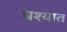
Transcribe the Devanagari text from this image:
घश्यात